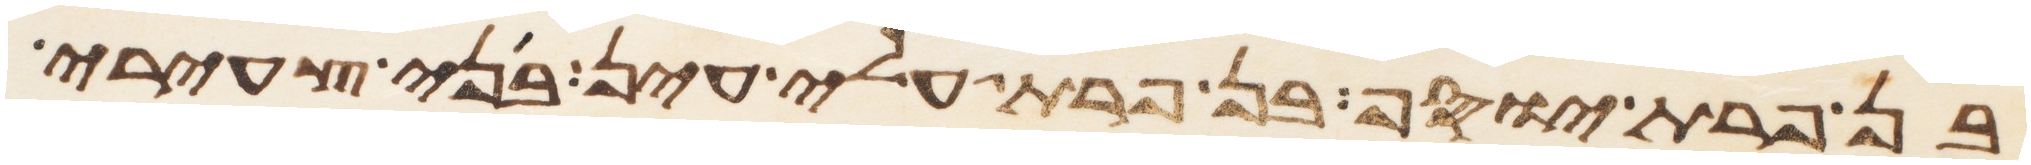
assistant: בן פרת יוסף בן פרת עלי עין בני צעירי